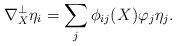
\begin{align*} \nabla_X^\perp\eta_i=\sum_{j}\phi_{ij}(X)\varphi_j\eta_j.\end{align*}